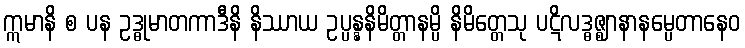
ဣမာနိ စ ပန ဥဒ္ဓုမာတကာဒီနိ နိဿာယ ဥပ္ပန္နနိမိတ္တာနမ္ပိ နိမိတ္တေသု ပဋိလဒ္ဓဇ္ဈာနာနမ္ပေတာနေဝ